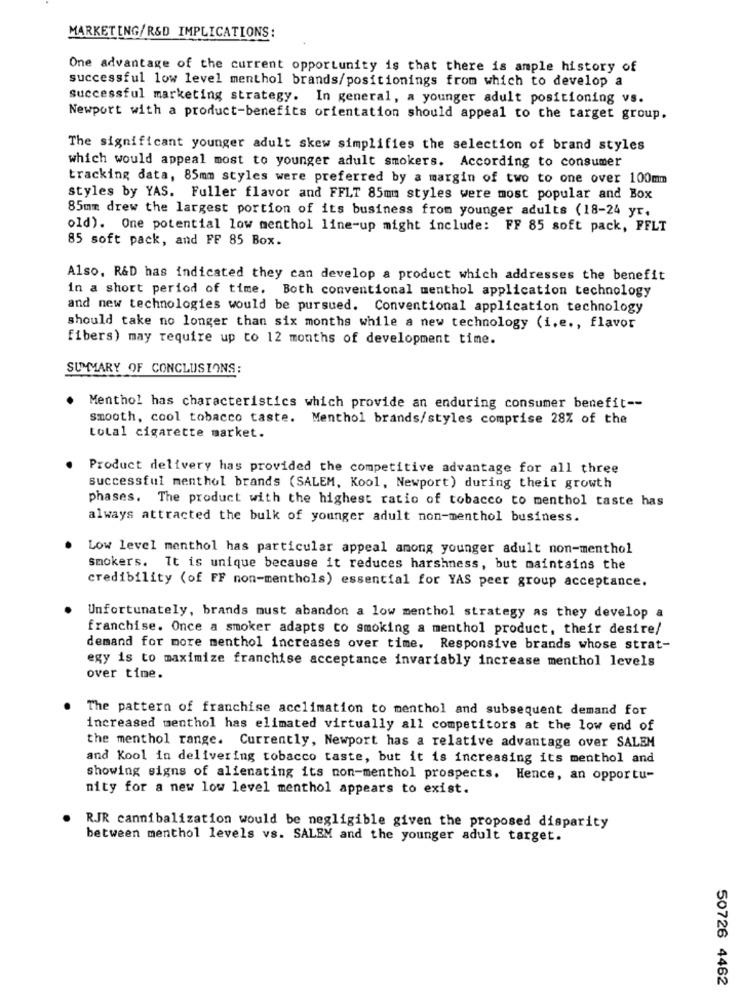
MARKETING/R&D IMPLICATIONS:
One advantage of the current opportunity is that there is ample history of
successful low level menthol brands/positionings from which to develop a
Successful marketing strategy. In general, a younger adult positioning vs.
Newport with a product-benefits orientation should appeal to the target group.
The significant younger adult skew simplifies the selection of brand styles
which would appeal most to younger adult smokers. According to consumer
tracking data, 85mm styles were preferred by a margin of two to one over 100mm
styles by YAS. Fuller flavor and FFLT 85mm styles were most popular and Box
85mm drew the largest portion of its business from younger adults (18-24 yr.
old). One potential low menthol line-up might include: FF 85 soft pack, FFLT
85 soft pack, and FF 85 Box.
Also, R&D has indicated they can develop a product which addresses the benefit
in a short period of time. Both conventional menthol application technology
and new technologies would be pursued. Conventional application technology
should take no longer than six months while a new technology (i.e ., flavor
fibers) may require up to 12 months of development time.
SUMMARY OF CONCLUSIONS:
Menthol has characteristics which provide an enduring consumer benefit --
smooth, cool tobacco taste. Menthol brands/styles comprise 28% of the
total cigarette market.
Product delivery has provided the competitive advantage for all three
successful menthol brands (SALEM, Kool, Newport) during their growth
phases. The product with the highest ratio of tobacco to menthol taste has
always attracted the bulk of younger adult non-menthol business.
Low level menthol has particular appeal among younger adult non-menthol
smokers. It is unique because it reduces harshness, but maintains the
credibility (of FF non-menthols) essential for YAS peer group acceptance.
Unfortunately, brands must abandon a low menthol strategy as they develop a
franchise. Once a smoker adapts to smoking a menthol product, their desire/
demand for more menthol increases over time. Responsive brands whose strat-
egy is to maximize franchise acceptance invariably increase menthol levels
over time.
The pattern of franchise acclimation to menthol and subsequent demand for
increased menthol has elimated virtually all competitors at the low end of
the menthol range. Currently, Newport has a relative advantage over SALEM
and Kool in delivering tobacco taste, but it is increasing its menthol and
showing signs of alienating its non-menthol prospects. Hence, an opportu-
nity for a new low level menthol appears to exist.
RJR cannibalization would be negligible given the proposed disparity
between menthol levels vs. SALEM and the younger adult target.
50726 4462